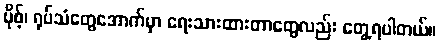
ပိုစ့်၊ ရုပ်သံတွေအောက်မှာ ရေးသားထားတာတွေလည်း တွေ့ရပါတယ်။